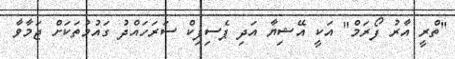
"ތްރީ އާރު ފޯރަމް" އަކީ އޭޝިޔާ އަދި ޕެސިފިކް ސަރަހައްދު ގައުމުތަކަށް ޖަމާވާ